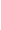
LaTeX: I\! \! \! \! \! \! \! \! \! \! \! \! _{\! \! \! \! \! \! \! \! \! \! \! \! \gamma}\! \! \! \! \! \! \! \! \! \! \! \! (A\! \! \! \! \! \! \! \! \! \! \! \! )\! \! \! \! \! \! \! \! \! \! \! \! =W\! \! \! \! \! \! \! \! \! \! \! \! (\! \! \! \! \! \! \! \! \! \! \! \! \Gamma\! \! \! \! \! \! \! \! \! \! \! \! )\! \! \! \! \! \! \! \! \! \! \!